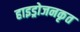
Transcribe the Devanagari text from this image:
हाइड्रोजनकृत